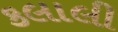
કલાલી